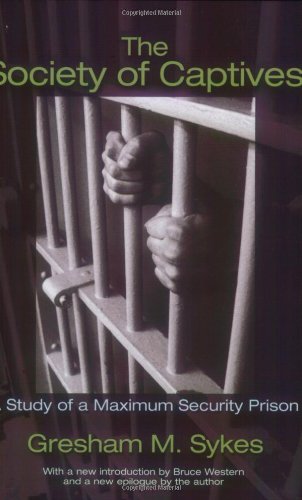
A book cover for The Society of Captives: A Study of a Maximum Security Prison (Princeton Classic Editions); Gresham M. Sykes; Politics & Social Sciences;